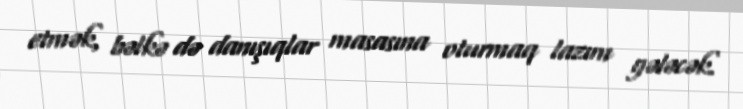
etmək, bəlkə də danışıqlar masasına oturmaq lazım gələcək.